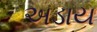
અડાય